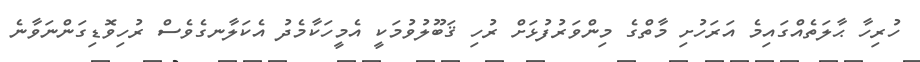
ހުރިހާ ޙާލަތެއްގައިމެ އަރަހުށި މާތްގެ މިންވަރުފުޅަށް ރުހި ޤަބޫލުވުމަކީ އެމީހަކާމެދު އެކަލާނގެވެސް ރުހިވޮޑިގަންނަވާނެ